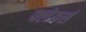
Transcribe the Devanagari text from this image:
फ्लेयर्स